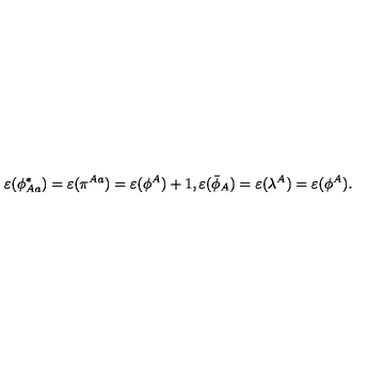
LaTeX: \varepsilon ( \phi _ { A a } ^ { * } ) = \varepsilon ( \pi ^ { A a } ) = \varepsilon ( \phi ^ { A } ) + 1 , \varepsilon ( \bar { \phi } _ { A } ) = \varepsilon ( { \lambda } ^ { A } ) = \varepsilon ( \phi ^ { A } ) .